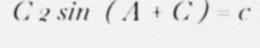
C 2 sin  ( A + C ) = c